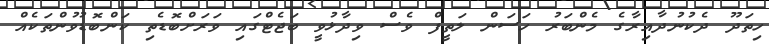
ހިތަދޫ ދެކުނުދާއިރާގެ މެންބަރު ހަސަން ލަތީފް ވެސް ވިދާޅުވީ ބަޖެޓްގައި ވަރަށްބޮޑެތި ކަންބޮޑުވުންތަކެއް